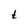
Character: t